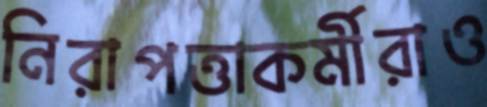
নিরাপত্তাকর্মীরাও